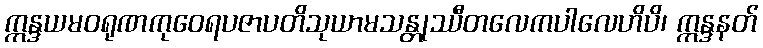
ဣန္ဒယမဝရုဏကုဝေရပဇာပတိသုယာမသန္တုဿီတလေကပါလေဟိပိ၊ ဣန္ဒနတ်